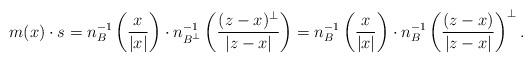
LaTeX: \begin{align*} m(x) \cdot s & = n_{ B}^{-1} \left( \frac{x}{|x|} \right) \cdot n_{ B^{\perp}}^{-1}\left( \frac{(z-x)^{\perp}}{|z-x|} \right) = n_{B}^{-1} \left( \frac{x}{|x|} \right) \cdot n_{ B}^{-1}\left( \frac{(z-x)}{|z-x|} \right)^{\perp}.\end{align*}